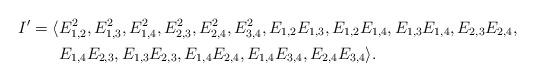
LaTeX: \begin{align*} I'=\langle & E_{1,2}^{2},E_{1,3}^{2},E_{1,4}^{2},E_{2,3}^{2},E_{2,4}^{2},E_{3,4}^{2}, E_{1,2}E_{1,3}, E_{1,2}E_{1,4},E_{1,3}E_{1,4}, E_{2,3}E_{2,4},\\ & E_{1,4}E_{2,3}, E_{1,3}E_{2,3},E_{1,4}E_{2,4},E_{1,4}E_{3,4},E_{2,4}E_{3,4}\rangle.\end{align*}